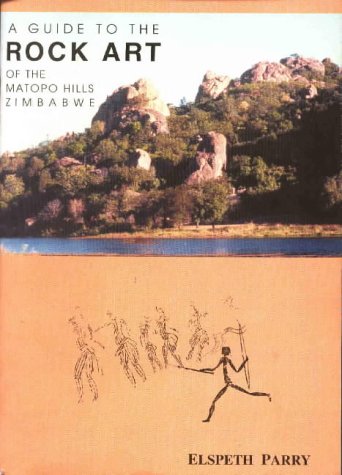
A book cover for A Guide to the Rock Art of the Matopo Hills, Zimbabwe; Elspeth Parry; History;